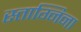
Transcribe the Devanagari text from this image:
स्ताग्निना